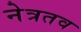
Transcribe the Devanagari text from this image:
नेत्रतव